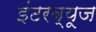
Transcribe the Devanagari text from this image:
इंटरव्यूज